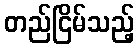
တည်ငြိမ်သည့်